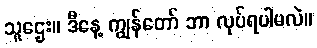
သူဌေး။ ဒီနေ့ ကျွန်တော် ဘာ လုပ်ရပါမလဲ။